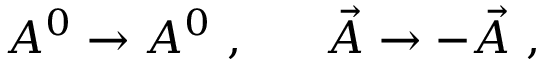
A ^ { 0 } \rightarrow A ^ { 0 } ~ , ~ ~ ~ ~ ~ \vec { A } \rightarrow - \vec { A } ~ ,